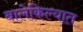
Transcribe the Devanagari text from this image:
बालेकिल्यात